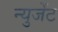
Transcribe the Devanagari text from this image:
न्युजेंट